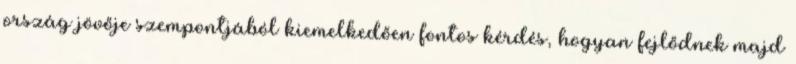
ország jövője szempontjából kiemelkedően fontos kérdés, hogyan fejlődnek majd